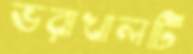
ভরাখালটি